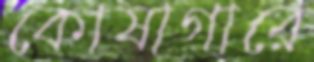
কোষাগারে